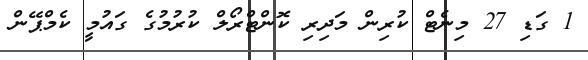
1 ގަޑި 27 މިނެޓް ކުރިން މަދިރި ކޮންޓްރޯލް ކުރުމުގެ ގައުމީ ކެމްޕޭން